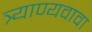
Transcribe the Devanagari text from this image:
त्र्याण्यवावा